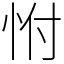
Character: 㤔